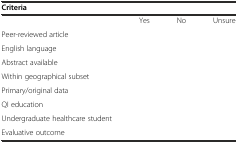
| Criteria |  |  |  |
 | --- | --- | --- | --- |
 |  | Yes | No | Unsure |
 | Peer-reviewed article |  |  |  |
 | English language |  |  |  |
 | Abstract available |  |  |  |
 | Within geographical subset |  |  |  |
 | Primary/original data |  |  |  |
 | QI education |  |  |  |
 | Undergraduate healthcare student |  |  |  |
 | Evaluative outcome |  |  |  |